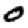
Digit: 0